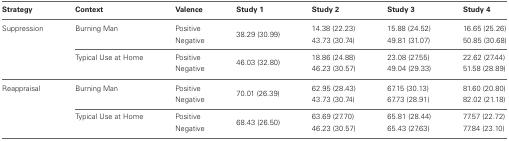
<table><thead><tr><td><b>Strategy</b></td><td><b>Context</b></td><td><b>Valence</b></td><td><b>Study 1</b></td><td><b>Study 2</b></td><td><b>Study 3</b></td><td><b>Study 4</b></td></tr></thead><tbody><tr><td>Suppression</td><td>Burning Man</td><td>Positive</td><td rowspan="2">38.29 (30.99)</td><td>14.38 (22.23)</td><td>15.88 (24.52)</td><td>16.65 (25.26)</td></tr><tr><td></td><td></td><td>Negative</td><td>43.73 (30.74)</td><td>49.81 (31.07)</td><td>50.85 (30.68)</td></tr><tr><td></td><td>Typical Use at Home</td><td>Positive</td><td rowspan="2">46.03 (32.80)</td><td>18.86 (24.88)</td><td>23.08 (27.55)</td><td>22.62 (27.44)</td></tr><tr><td></td><td></td><td>Negative</td><td>46.23 (30.57)</td><td>49.04 (29.33)</td><td>51.58 (28.89)</td></tr><tr><td>Reappraisal</td><td>Burning Man</td><td>Positive</td><td rowspan="2">70.01 (26.39)</td><td>62.95 (28.43)</td><td>67.15 (30.13)</td><td>81.60 (20.80)</td></tr><tr><td></td><td></td><td>Negative</td><td>43.73 (30.74)</td><td>67.73 (28.91)</td><td>82.02 (21.18)</td></tr><tr><td></td><td>Typical Use at Home</td><td>Positive</td><td rowspan="2">68.43 (26.50)</td><td>63.69 (27.70)</td><td>65.81 (28.44)</td><td>77.57 (22.72)</td></tr><tr><td></td><td></td><td>Negative</td><td>46.23 (30.57)</td><td>65.43 (27.63)</td><td>77.84 (23.10)</td></tr></tbody></table>